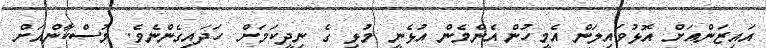
އައިޒަންއަށް އޮޅުވައިލަން އެމީހުން އެންމެން އުޅެނީ މުޅި ގެ ނިދީކަމަށް ހަދައިގެންނެވެ. މުސްކާންއަށް